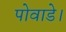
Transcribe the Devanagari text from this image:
पोवाडे।